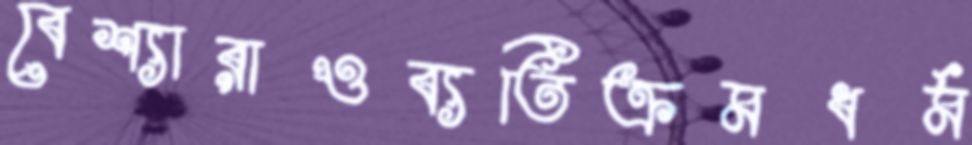
বেশ্যারাওব্যতিক্রমধর্ম